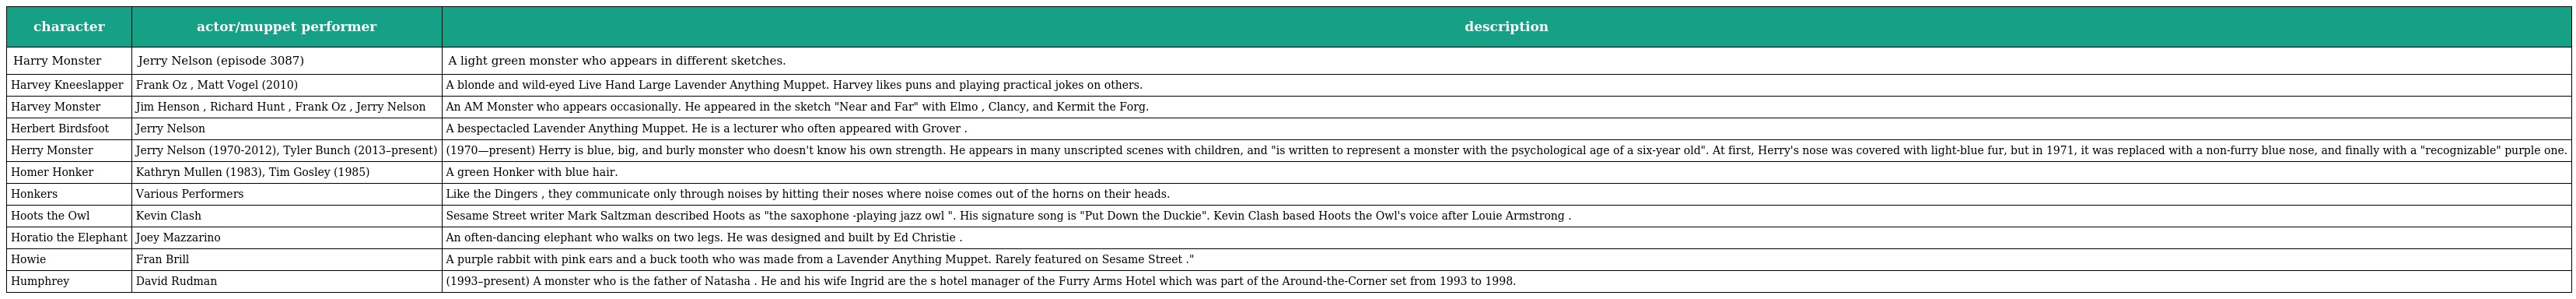
| character | actor/muppet performer | description |
 | --- | --- | --- |
 | Harry Monster | Jerry Nelson (episode 3087) | A light green monster who appears in different sketches. |
 | Harvey Kneeslapper | Frank Oz , Matt Vogel (2010) | A blonde and wild-eyed Live Hand Large Lavender Anything Muppet. Harvey likes puns and playing practical jokes on others. |
 | Harvey Monster | Jim Henson , Richard Hunt , Frank Oz , Jerry Nelson | An AM Monster who appears occasionally. He appeared in the sketch "Near and Far" with Elmo , Clancy, and Kermit the Forg. |
 | Herbert Birdsfoot | Jerry Nelson | A bespectacled Lavender Anything Muppet. He is a lecturer who often appeared with Grover . |
 | Herry Monster | Jerry Nelson (1970-2012), Tyler Bunch (2013–present) | (1970—present) Herry is blue, big, and burly monster who doesn't know his own strength. He appears in many unscripted scenes with children, and "is written to represent a monster with the psychological age of a six-year old". At first, Herry's nose was covered with light-blue fur, but in 1971, it was replaced with a non-furry blue nose, and finally with a "recognizable" purple one. |
 | Homer Honker | Kathryn Mullen (1983), Tim Gosley (1985) | A green Honker with blue hair. |
 | Honkers | Various Performers | Like the Dingers , they communicate only through noises by hitting their noses where noise comes out of the horns on their heads. |
 | Hoots the Owl | Kevin Clash | Sesame Street writer Mark Saltzman described Hoots as "the saxophone -playing jazz owl ". His signature song is "Put Down the Duckie". Kevin Clash based Hoots the Owl's voice after Louie Armstrong . |
 | Horatio the Elephant | Joey Mazzarino | An often-dancing elephant who walks on two legs. He was designed and built by Ed Christie . |
 | Howie | Fran Brill | A purple rabbit with pink ears and a buck tooth who was made from a Lavender Anything Muppet. Rarely featured on Sesame Street ." |
 | Humphrey | David Rudman | (1993–present) A monster who is the father of Natasha . He and his wife Ingrid are the s hotel manager of the Furry Arms Hotel which was part of the Around-the-Corner set from 1993 to 1998. |